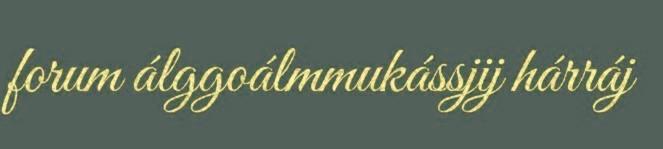
forum álggoálmmukássjij hárráj